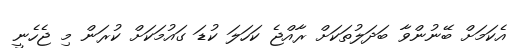
އެކަމަށް ބޭނުންވާ ބަދަލުތަކަށް ރާއްޖެ ކަހަލަ ކުޑަ ގައުމަކަށް ކުރަން މި ޖެހެނީ